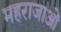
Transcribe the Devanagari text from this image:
महराजाओं